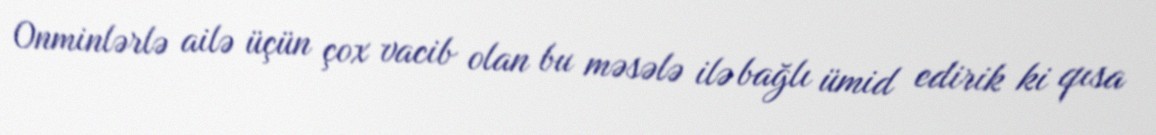
Onminlərlə ailə üçün çox vacib olan bu məsələ ilə bağlı ümid edirik ki qısa